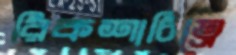
রিকশাচিত্রে